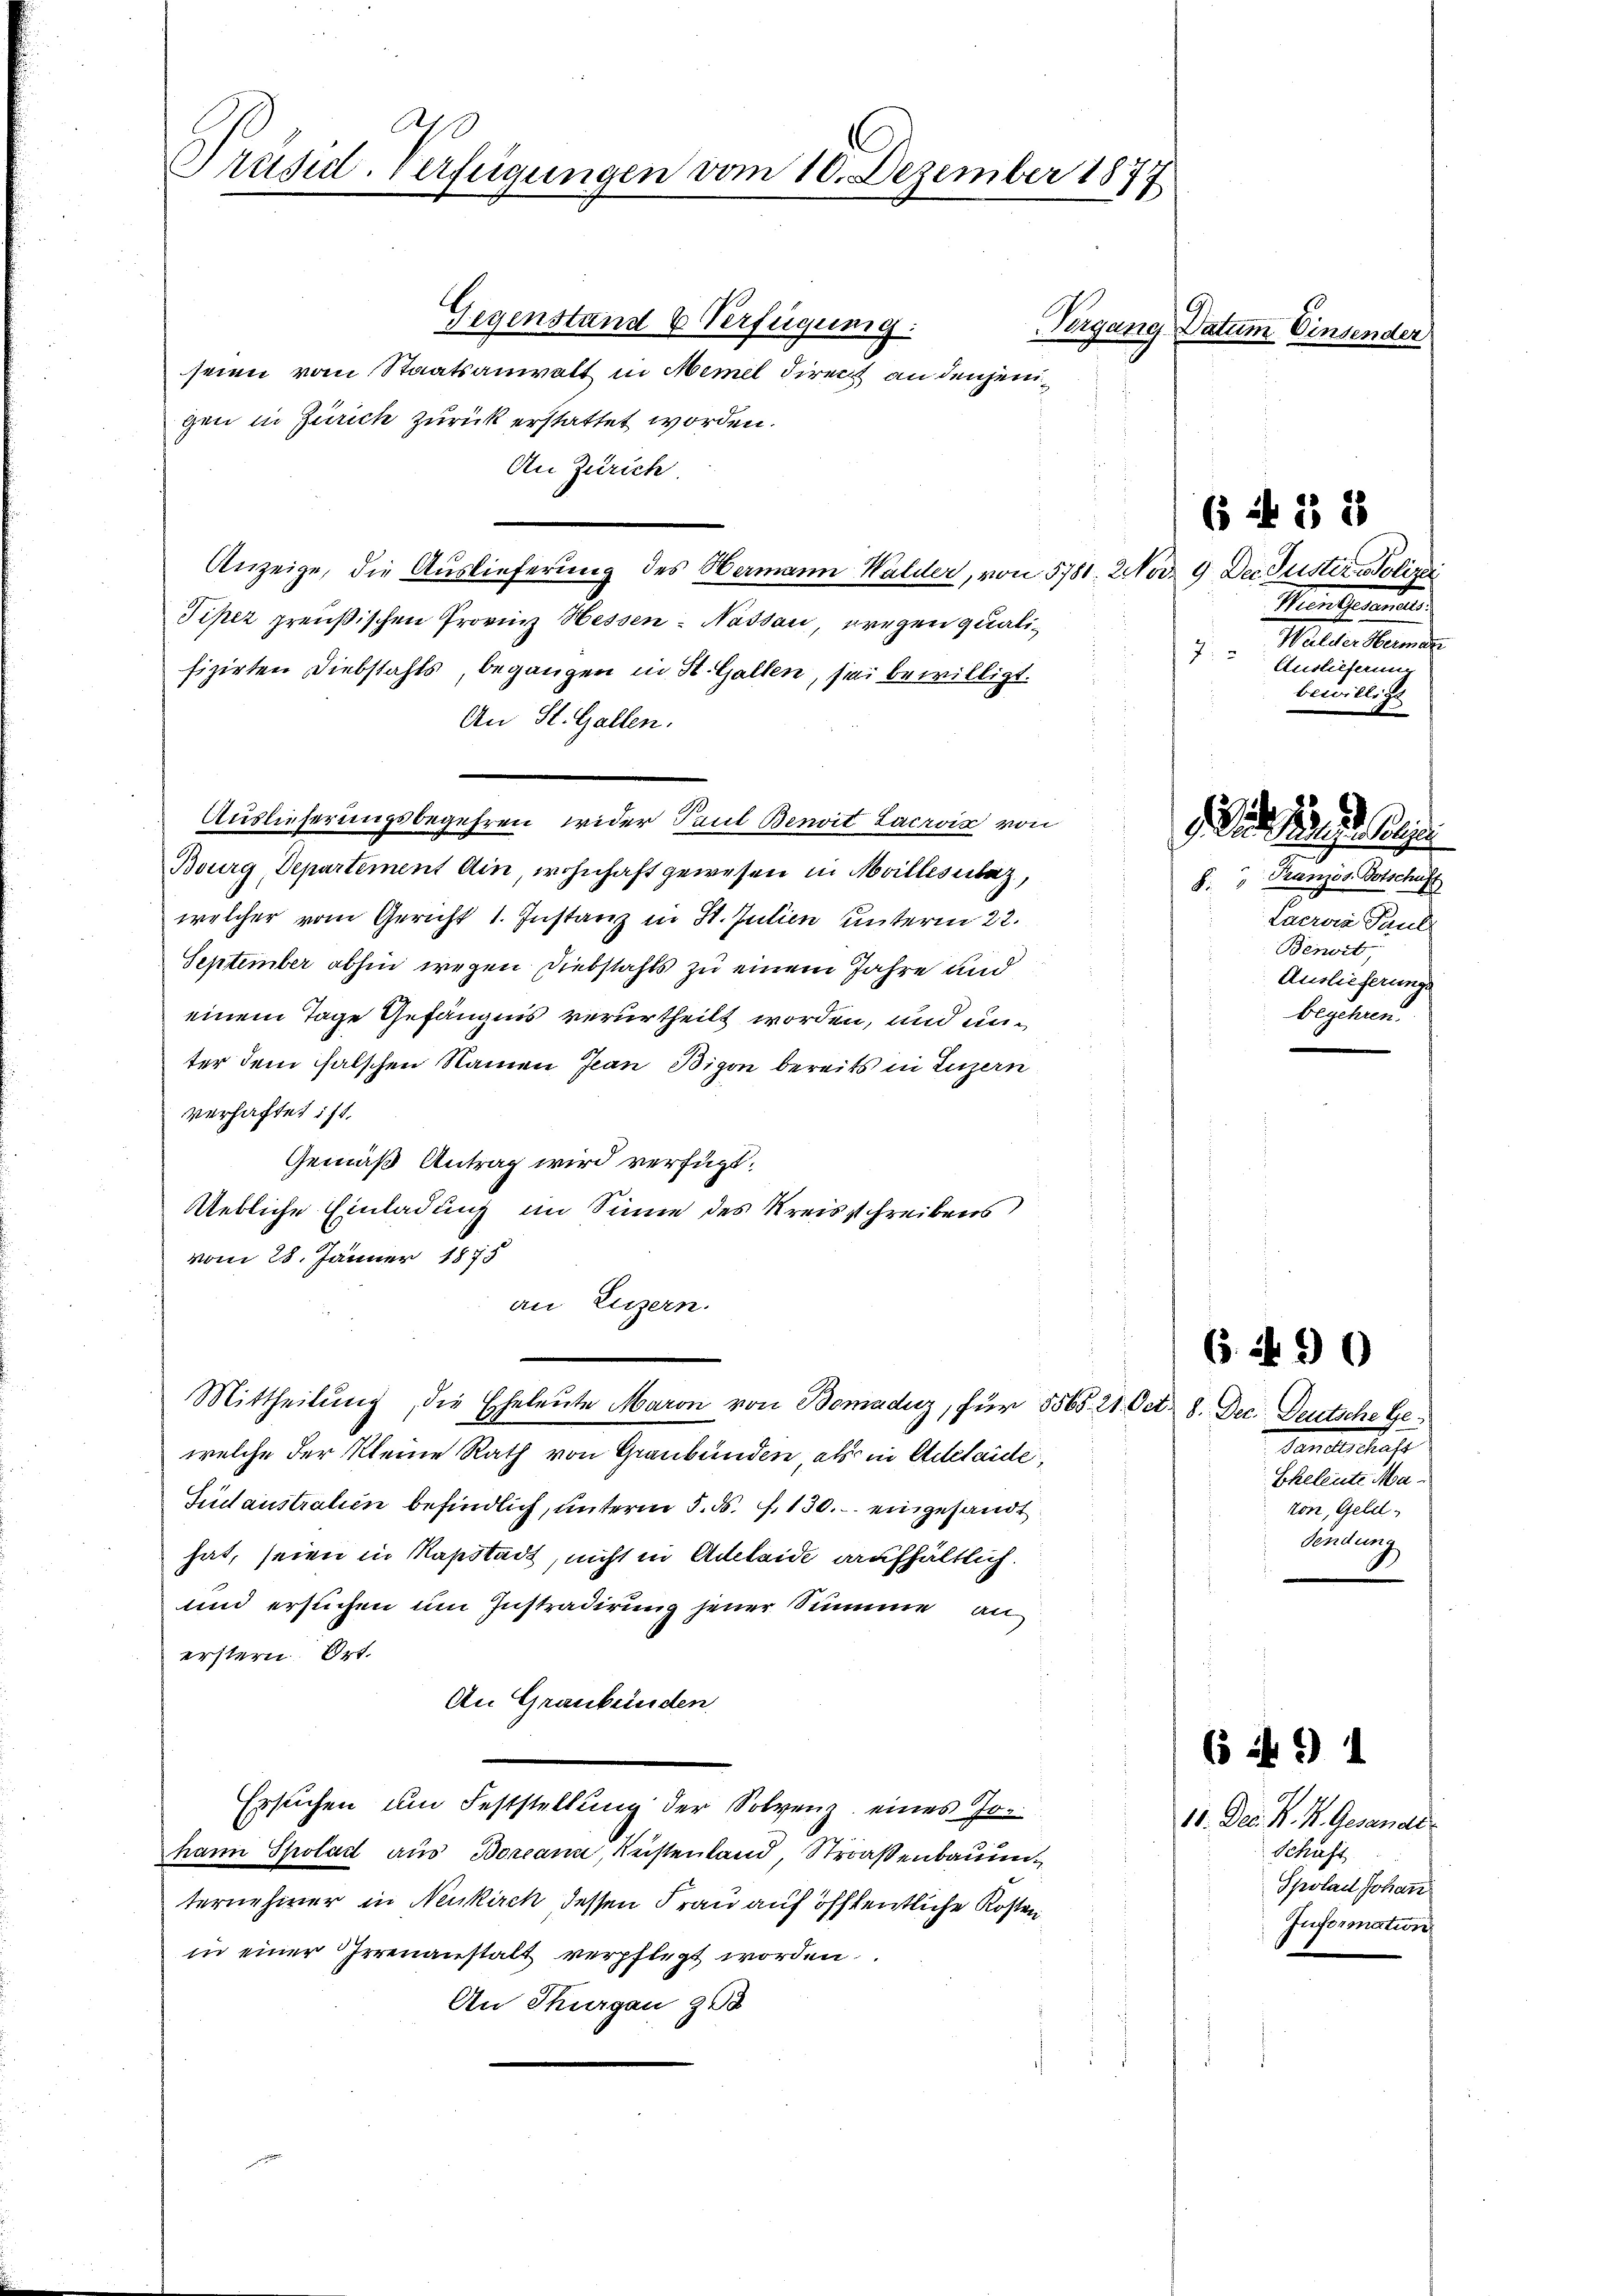
A
Präsid. Verfügungen vom 10. Dezember 1877

Gegenstand & Verfügung:
seien vom Staatsanwalt in Memel direct an denjenigen in Zürich zurück erstattet worden.
An Zürich.
Anzeige, die Auslieferung des Namann Walder, von 5781. Nov. 9. Der Justirolin
Piper preußischen Provinz Hessen: Nassau, Bregen qualifizirten Diebstahls, begangen in St. Gallen, sei bewilligt.
An St. Gallen.
Auslieferungsbegehren wider Paul Benoit. Lacroix von
Bourg, Departement ain, wohnhaft gewesen in Mollisuaz,
welcher vom Gericht 1. Instanz in St. Julien unterm 22.
September abhin wegen Diebstahls zu einem Jahre und
einem Tage Gefängnis verurtheilt worden, und unter dem falschen Namen Jean Bigon bereits in Luzern
verhaftet ist.
Gemäß Antrag wird verfügt:
Uebliche Einladung im Sinne des Kreisschreibens
vom 28. Jänner 1875
an Luzern.
Mittheilung, die Eheleute Maron von Bomadiz, für 5565. 21. Oct. 8. Dec. Deutsche Gewelche der Kleine Rath von Graubünden, als in Adelaide,
Sudaustralien befindlich, unterm 5. ds. f. 130. eingesandt
hat, seien in Napstadt, nicht in Ackleide aufhältlich.
und ersuchen um Instradirung jener Summe an
erstern. Ort.
An Graubünden
Ersuchen um Feststellung der Solvenz eines Johann Spolad aus Borcann, Reistenland, Straßenbauen
ternehmer in Neukirch dessen Frau auf öffentliche Kosten
in einer Irrenanstalt verpflegt worden.
An Thurgau 258

Vergang Datum Einsender

Manten.
Mitverstande
7:
Auslieferun
bewilligt

einge

" Tranzös. Botschuss
F
Lacrois Paul
Benoit,
Auslieferungs
begehren.

6 f 1 1

6 f 15 x

(. . 10

Ganels kräft
Eheleute Maton, Geld
Sendung

10. Dec. N. K. Gesandt.
Schust
Spolad Johann
Information